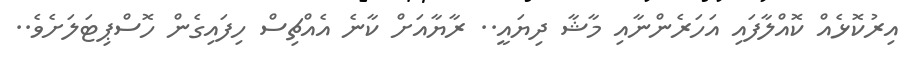
އިރުކޮޅެއް ކޮއްލާފައި އަހަރެންނާއި މާޝާ ދިޔައީ.. ރާޔާއަށް ކާނެ އެއްޗިސް ހިފައިގެން ހޮސްޕިޓަލަށެވެ..